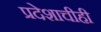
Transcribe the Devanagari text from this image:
प्रदेशाचीही